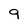
Character: 9